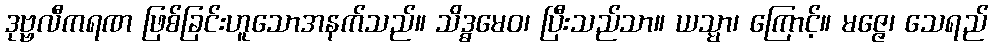
ဒုဗ္ဗလီကရဏ ဖြစ်ခြင်းဟူသောအနက်သည်။ သိဒ္ဓမေဝ၊ ပြီးသည်သာ။ ယသ္မာ၊ ကြောင့်။ မဇ္ဇေ၊ သေရည်